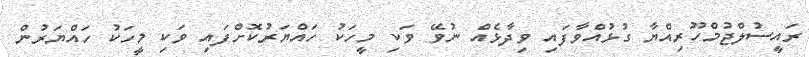
ރައީސުލްޖުމްހޫރިއްޔާ ގުޅުއްވާފައި ވިދާޅެއް ނުވޭ ވަކި މީހަކު ހައްޔަރުކޮށްފައި ވަކި މީހަކު ހައްޔަރުން